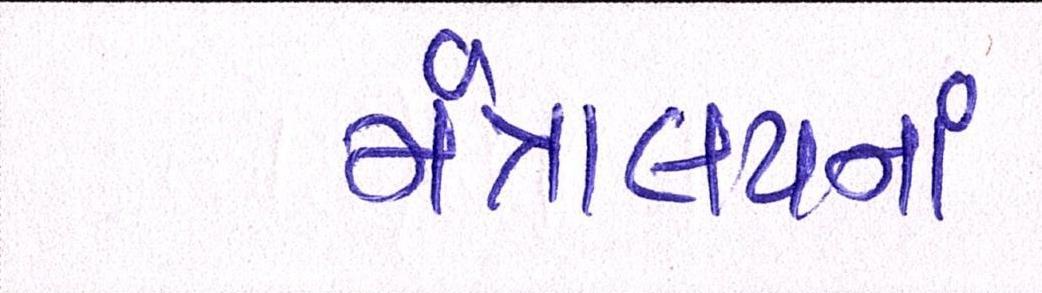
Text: મંત્રાલયનાં